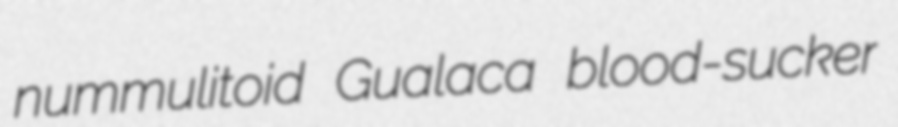
nummulitoid Gualaca blood-sucker